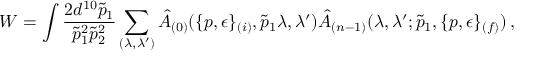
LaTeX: W = \int \frac { 2 d ^ { 1 0 } \tilde { p } _ { 1 } } { \tilde { p } _ { 1 } ^ { 2 } \tilde { p } _ { 2 } ^ { 2 } } \sum _ { ( \lambda , \lambda ^ { \prime } ) } \hat { A } _ { ( 0 ) } ( \{ p , \epsilon \} _ { ( i ) } , \tilde { p } _ { 1 } \lambda , \lambda ^ { \prime } ) \hat { A } _ { ( n - 1 ) } ( \lambda , \lambda ^ { \prime } ; \tilde { p } _ { 1 } , \{ p , \epsilon \} _ { ( f ) } ) \, ,